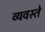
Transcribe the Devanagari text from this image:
व्यवस्ते